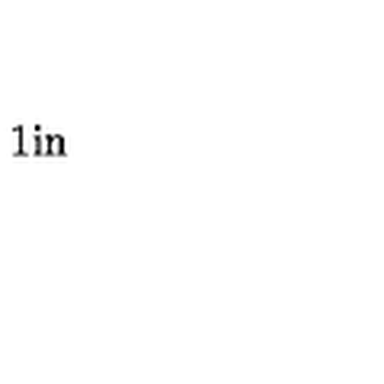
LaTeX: \mathrm { \fboxsep = . 1 i n \framebox { \displaystyle a _ \mu ^ { \xi } ( x ) : = \langle \Lambda | { \cal A } _ \mu ^ \xi ( x ) | \Lambda \rangle , \quad { \cal A } _ \mu ^ \xi ( x ) = \xi ^ \dagger ( x ) { \cal A } _ \mu ( x ) \xi ( x ) + { \frac { i } { g } } \xi ^ \dagger ( x ) \partial _ \mu \xi ( x ) , } }